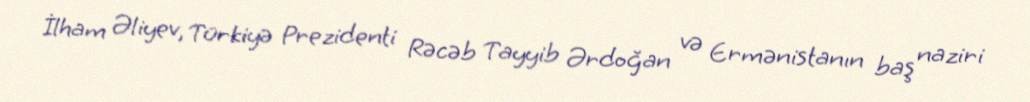
İlham Əliyev, Türkiyə Prezidenti Rəcəb Tayyib Ərdoğan və Ermənistanın baş naziri